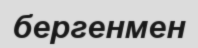
бергенмен